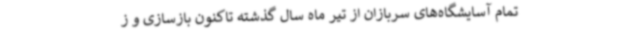
تمام آسایشگاه‌های سربازان از تیر ماه سال گذشته تاکنون بازسازی و ز